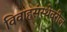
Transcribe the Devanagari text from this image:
विवाहसंस्थेवरील